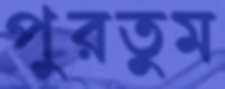
পুরতুম